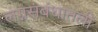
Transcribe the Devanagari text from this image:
लग्नसंबंधातली